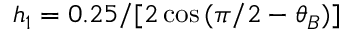
h _ { 1 } = 0 . 2 5 / [ 2 \cos { ( \pi / 2 - \theta _ { B } ) ] }